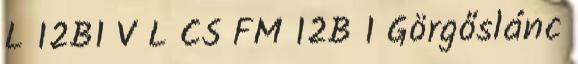
L 12B1 V L CS FM 12B 1 Görgőslánc